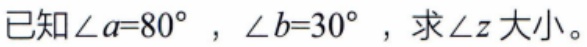
已知\(\angle a = 80^{\circ}\)，\(\angle b = 30^{\circ}\)，求\(\angle z\)大小。